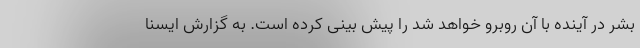
بشر در آینده با آن روبرو خواهد شد را پیش بینی کرده است. به گزارش ایسنا